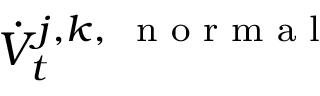
\dot { V } _ { t } ^ { j , k , \mathrm { ~ \scriptsize ~ n ~ o ~ r ~ m ~ a ~ l ~ } }